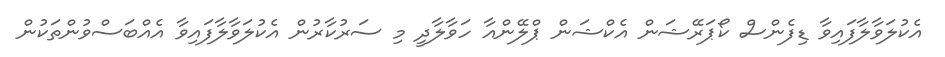
އެކުލަވާލާފައިވާ ޑިފެންސް ކޯޕަރޭޝަން އެކްޝަން ޕްލޭންއާ ހަވާލާދީ މި ސަރުކާރުން އެކުލަވާލާފައިވާ އެއްބަސްވުންތަކުން